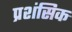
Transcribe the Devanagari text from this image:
प्रशंसिक